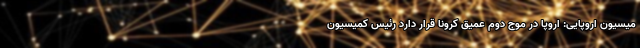
میسیون اروپایی: اروپا در موج دوم عمیق کرونا قرار دارد رئیس کمیسیون